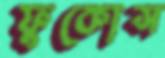
ফুকোস